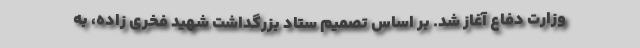
وزارت دفاع آغاز شد. بر اساس تصمیم ستاد بزرگداشت شهید فخری زاده، به